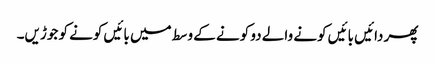
پھر دائیں بائیں کونے والے دو کونے کے وسط میں بائیں کونے کو جوڑیں۔